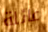
عائلة